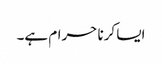
ایسا کرنا حرام ہے۔